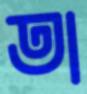
তা